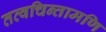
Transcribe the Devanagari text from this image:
तत्वचिन्तामणि